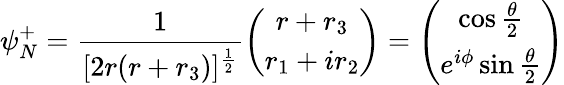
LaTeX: \psi_{N}^{+}=\frac{1}{[2r(r+r_{3})]^{\frac{1}{2}}}\left(\begin{array}{c}{{r+r_{3}}}\\ {{r_{1}+ir_{2}}}\end{array}\right)=\left(\begin{array}{c}{{\cos\frac{\theta}{2}}}\\ {{e^{i\phi}\sin\frac{\theta}{2}}}\end{array}\right)